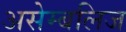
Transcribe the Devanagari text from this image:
असेम्बलिज